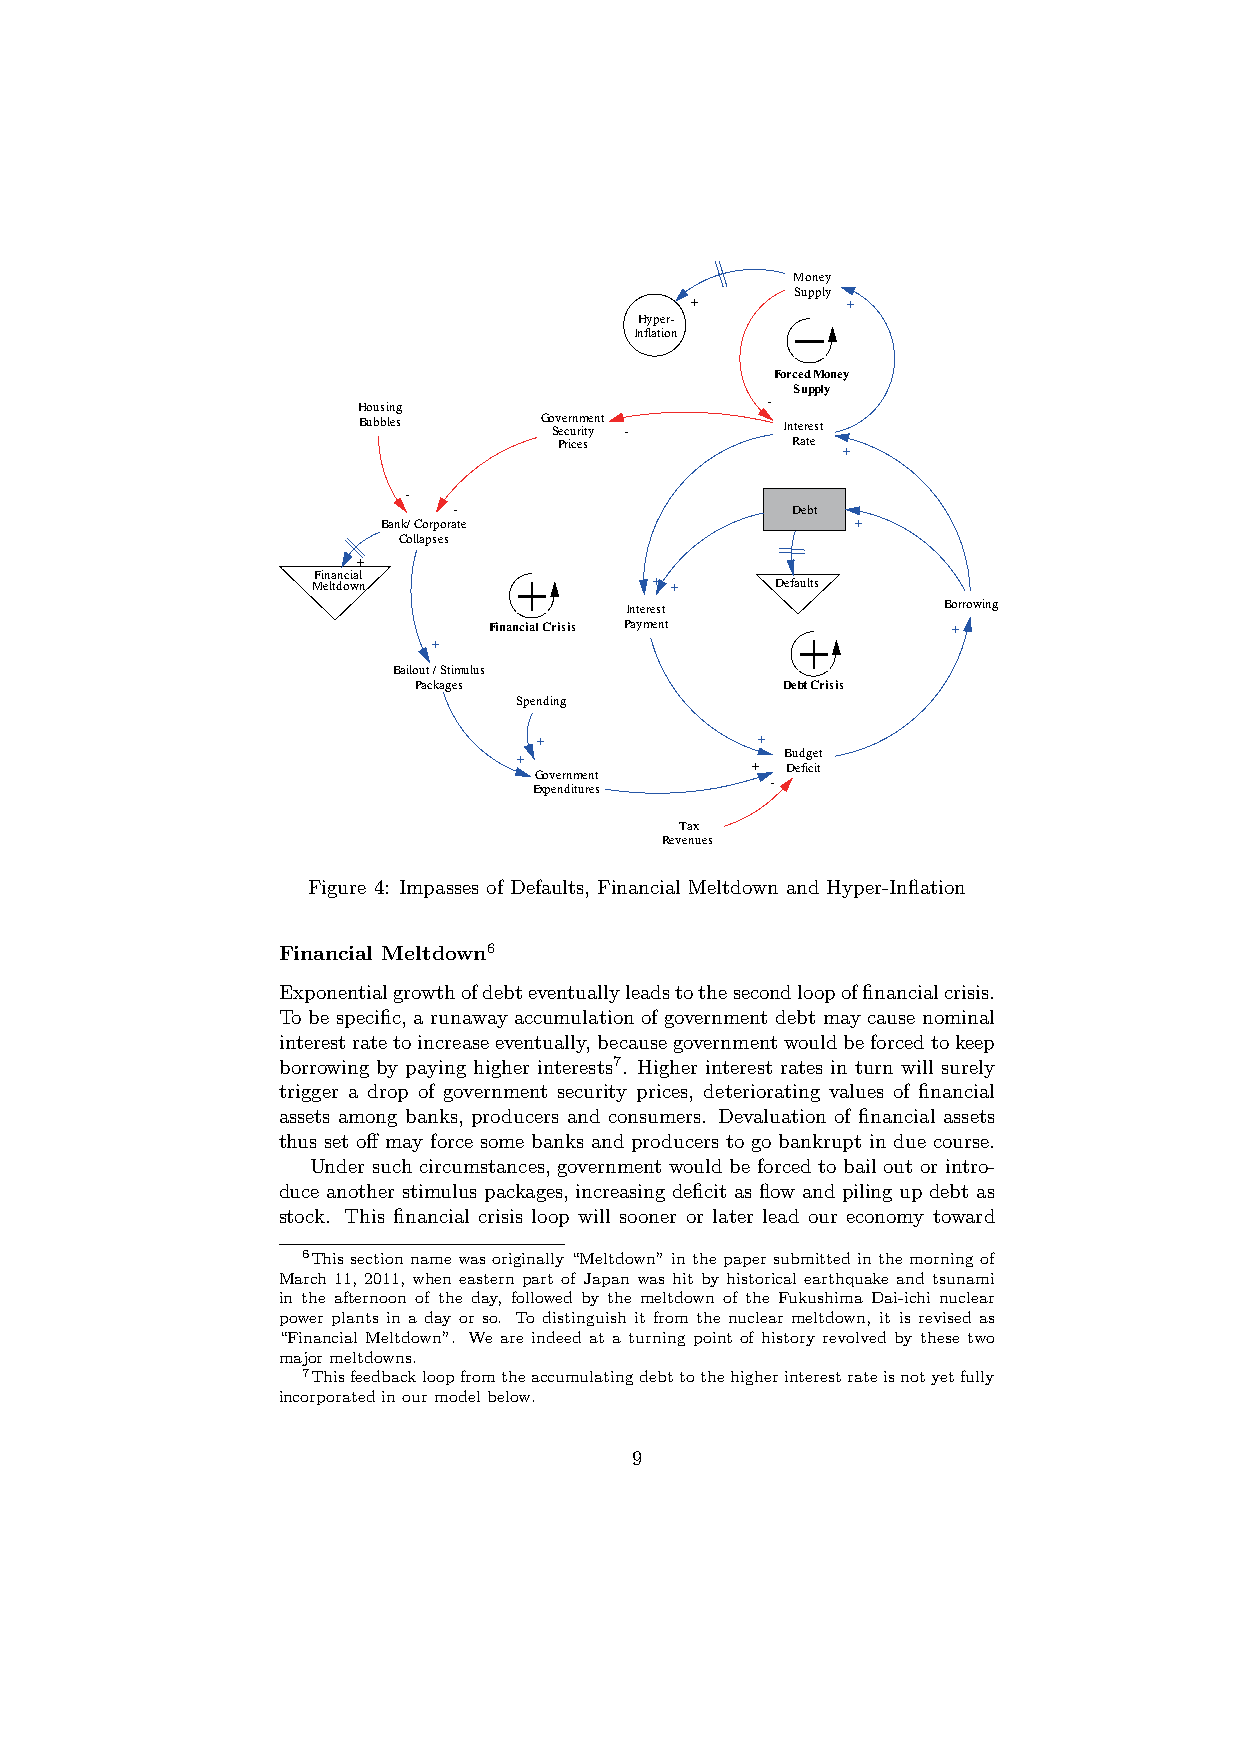
Money
 Supply
 +         +
 Hyper-
 Inflation
 Forced Money
 Supply
 Housing                    -
 Bubbles     Go Sv ee cr un rm ityent - Interest
 Prices         Rate
 +
 -
 -                     Debt
 Bank/ Corporate                 +
 Collapses
 +
 Financial
 Meltdown              + +     Defaults
 Interest             Borrowing
 Financial Crisis Payment       +
 +
 Bailout / Stimulus
 Packages                 Debt Crisis
 Spending
 +             +
 Budget
 +
 + Deficit
 Government
 -
 Expenditures
 Tax
 Revenues
 Figure 4: Impasses of Defaults, Financial Meltdown and Hyper-Inflation
 Financial Meltdown6
 Exponentialgrowthofdebteventuallyleadstothesecondloopoffinancialcrisis.
 To be specific, a runaway accumulation of government debt may cause nominal
 interestratetoincreaseeventually,becausegovernmentwouldbeforcedtokeep
 borrowing by paying higher interests7. Higher interest rates in turn will surely
 trigger a drop of government security prices, deteriorating values of financial
 assets among banks, producers and consumers. Devaluation of financial assets
 thus set off may force some banks and producers to go bankrupt in due course.
 Under such circumstances, government would be forced to bail out or intro-
 duce another stimulus packages, increasing deficit as flow and piling up debt as
 stock. This financial crisis loop will sooner or later lead our economy toward
 6This section name was originally “Meltdown” in the paper submitted in the morning of
 March 11, 2011, when eastern part of Japan was hit by historical earthquake and tsunami
 in the afternoon of the day, followed by the meltdown of the Fukushima Dai-ichi nuclear
 power plants in a day or so. To distinguish it from the nuclear meltdown, it is revised as
 “Financial Meltdown”. We are indeed at a turning point of history revolved by these two
 majormeltdowns.
 7Thisfeedbackloopfromtheaccumulatingdebttothehigherinterestrateisnotyetfully
 incorporatedinourmodelbelow.
 9